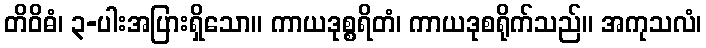
တိဝိဓံ၊ ၃-ပါးအပြားရှိသော။ ကာယဒုစ္စရိတံ၊ ကာယဒုစရိုက်သည်။ အကုသလံ၊